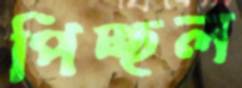
পিচ্ছল